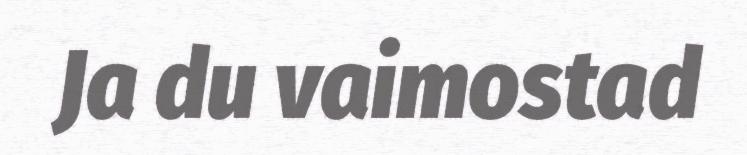
Ja du vaimostad